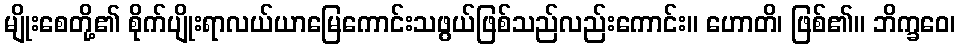
မျိုးစေတို့၏ စိုက်ပျိုးရာလယ်ယာမြေကောင်းသဖွယ်ဖြစ်သည်လည်းကောင်း။ ဟောတိ၊ ဖြစ်၏။ ဘိက္ခဝေ၊